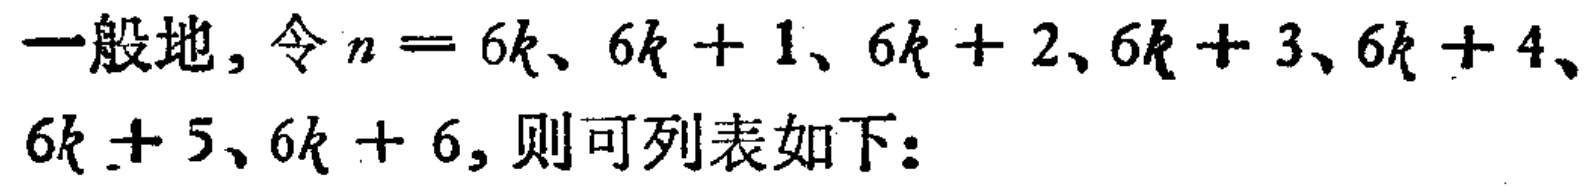
一般地，令\(n = 6k、6k + 1、6k + 2、6k + 3、6k + 4、6k + 5、6k + 6\)，则可列表如下：